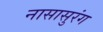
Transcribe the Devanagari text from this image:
नासासुरंग